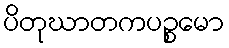
ပိတုဃာတကပဉ္စမော